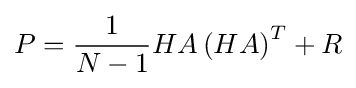
P={\frac {1}{N-1}}HA\left(HA\right)^{T}+R